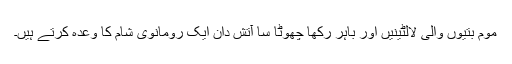
موم بتیوں والی لالٹینیں اور باہر رکھا چھوٹا سا آتش دان ایک رومانوی شام کا وعدہ کرتے ہیں۔